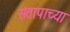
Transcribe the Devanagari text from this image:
संतापाच्या